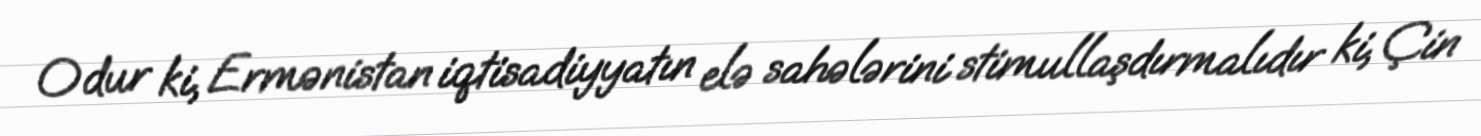
Odur ki, Ermənistan iqtisadiyyatın elə sahələrini stimullaşdırmalıdır ki, Çin